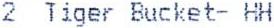
2 TIGER BUCKET- HH